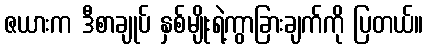
ဇယားက ဒီစာချုပ် နှစ်မျိုးရဲ့ကွာခြားချက်ကို ပြတယ်။